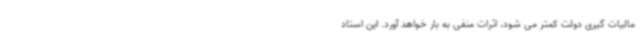
مالیات گیری دولت کمتر می شود، اثرات منفی به بار خواهد آورد. این استاد